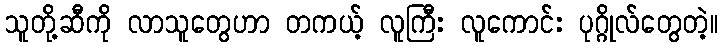
သူတို့ဆီကို လာသူတွေဟာ တကယ့် လူကြီး လူကောင်း ပုဂ္ဂိုလ်တွေတဲ့။